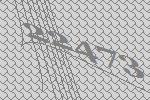
22473